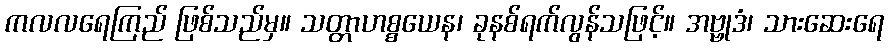
ကလလရေကြည် ဖြစ်သည်မှ။ သတ္တာဟစ္စယေန၊ ခုနစ်ရက်လွန်သဖြင့်။ အဗ္ဗုဒံ၊ သားဆေးရေ